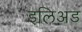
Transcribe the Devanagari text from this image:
इलिअड